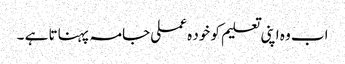
اب وہ اپنی تعلیم کو خود ہ عملی جامہ پہناتا ہے ۔